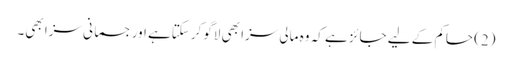
(2) حاکم کے لیے جائز ہے کہ وہ مالی سزا بھی لاگو کرسکتاہے اور جسمانی سزا بھی۔